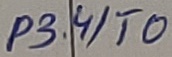
Text: P3.4/T0